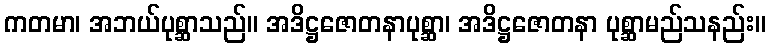
ကတမာ၊ အဘယ်ပုစ္ဆာသည်။ အဒိဋ္ဌဇောတနာပုစ္ဆာ၊ အဒိဋ္ဌဇောတနာ ပုစ္ဆာမည်သနည်း။